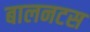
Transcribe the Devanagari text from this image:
बालनटस